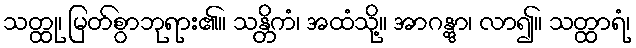
သတ္ထု၊ မြတ်စွာဘုရား၏။ သန္တိကံ၊ အထံသို့။ အာဂန္တွာ၊ လာ၍။ သတ္ထာရံ၊